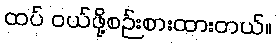
ထပ် ဝယ်ဖို့စဉ်းစားထားတယ်။